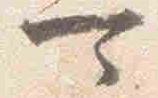
可